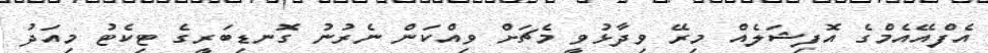
އެފްއޭއެމްގެ އޮފިޝަލެއް މިރޭ ވިދާޅުވީ މެޗަށް ވިއްކަން ނެރުނު ގޮނޑިބަރީގެ ޓިކެޓު މިއަދު